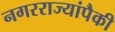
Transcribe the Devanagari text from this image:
नगरराज्यांपैकी